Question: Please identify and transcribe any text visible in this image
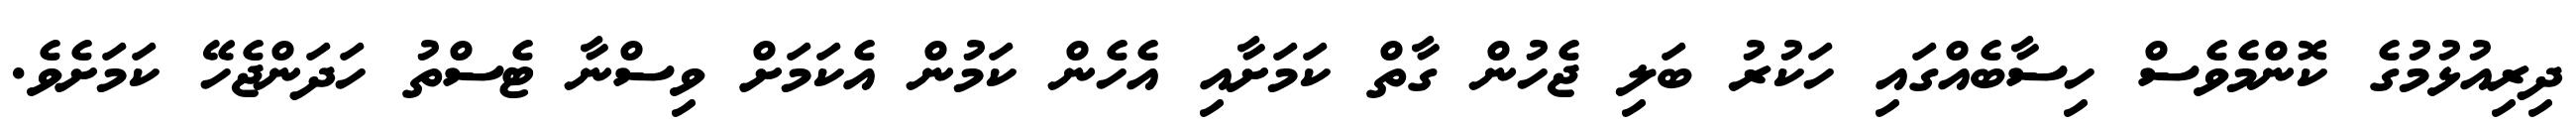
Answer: ދިރިއުޅުމުގެ ކޮންމެވެސް ހިސާބެއްގައި ހަކުރު ބަލި ޖެހުން ގާތް ކަމަށާއި އެހެން ކަމުން އެކަމަށް ވިސްނާ ޓެސްތު ހަދަންޖެހޭ ކަމަށެވެ.